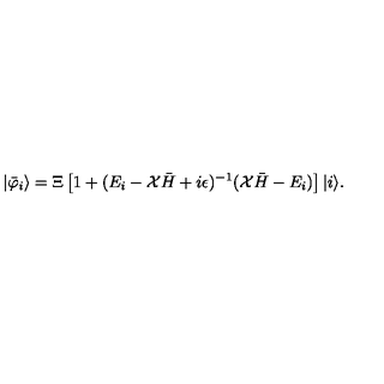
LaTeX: | { \bar { \varphi } } _ { i } \rangle = \Xi \left[ 1 + ( E _ { i } - { \cal X } { \bar { H } } + i \epsilon ) ^ { - 1 } ( { \cal X } { \bar { H } } - E _ { i } ) \right] | i \rangle .